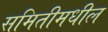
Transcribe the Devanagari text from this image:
समितीमधील